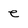
Character: e